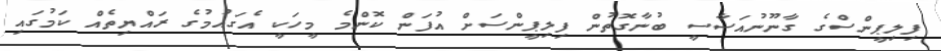
ފިލިޕީންސްގެ ގާނޫނުއަސާސީ ބުނާގޮތުން ފިލިޕީންސަށް އުފަން ކޮންމެ މީހަކީ އެގައުމުގެ ރައްޔިތެއް ކަމުގައި